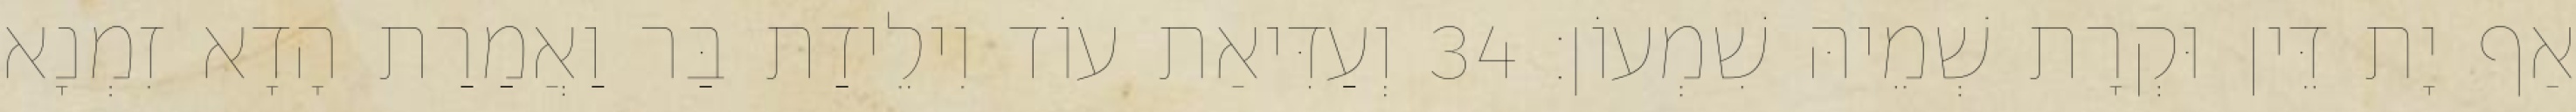
אַף יָת דֵּין וּקְרָת שְׁמֵיהּ שִׁמְעוֹן׃ 34 וְעַדִּיאַת עוֹד וִילֵידַת בַּר וַאֲמַרַת הָדָא זִמְנָא